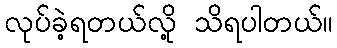
လုပ်ခဲ့ရတယ်လို့ သိရပါတယ်။